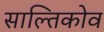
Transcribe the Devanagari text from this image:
साल्तिकोव